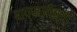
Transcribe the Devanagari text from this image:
बाप्पाजींच्या